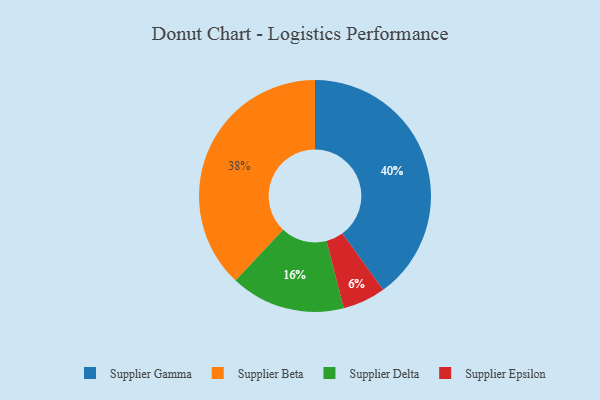
{"axis": {"x": "Category", "y": "Percentage"}, "legend": ["Supplier Beta", "Supplier Delta", "Supplier Epsilon", "Supplier Gamma"], "data": [{"x": "Supplier Gamma", "y": 40, "type": "Supplier Gamma"}, {"x": "Supplier Epsilon", "y": 6, "type": "Supplier Epsilon"}, {"x": "Supplier Delta", "y": 16, "type": "Supplier Delta"}, {"x": "Supplier Beta", "y": 38, "type": "Supplier Beta"}]}